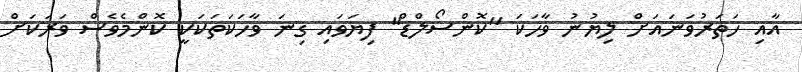
އާއި ހަތަރުވަނައަށް ލިޔުނު ވާހަކަ ''ކޮންސޯލްޑް'' ފިޔަވައި ގިނަ ވާހަކަތަކަކީ ކޮންމެވެސް ވަރަކަށް